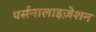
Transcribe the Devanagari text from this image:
पर्सनालाइज़ेशन